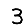
Digit: 3